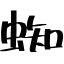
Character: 蜘